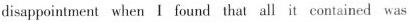
disappointment when I found that all it contained was